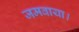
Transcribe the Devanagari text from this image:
जमवाया।